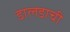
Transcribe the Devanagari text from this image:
डालडाची